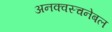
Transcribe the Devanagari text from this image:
अनक्वस्चनेबल